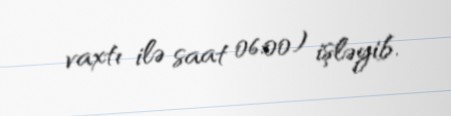
vaxtı ilə saat 06:00) işləyib.